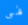
فى